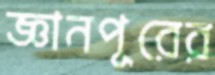
জ্ঞানপুরের